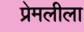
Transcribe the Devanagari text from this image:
प्रेमलीला